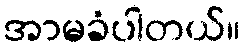
အာမခံပါတယ်။